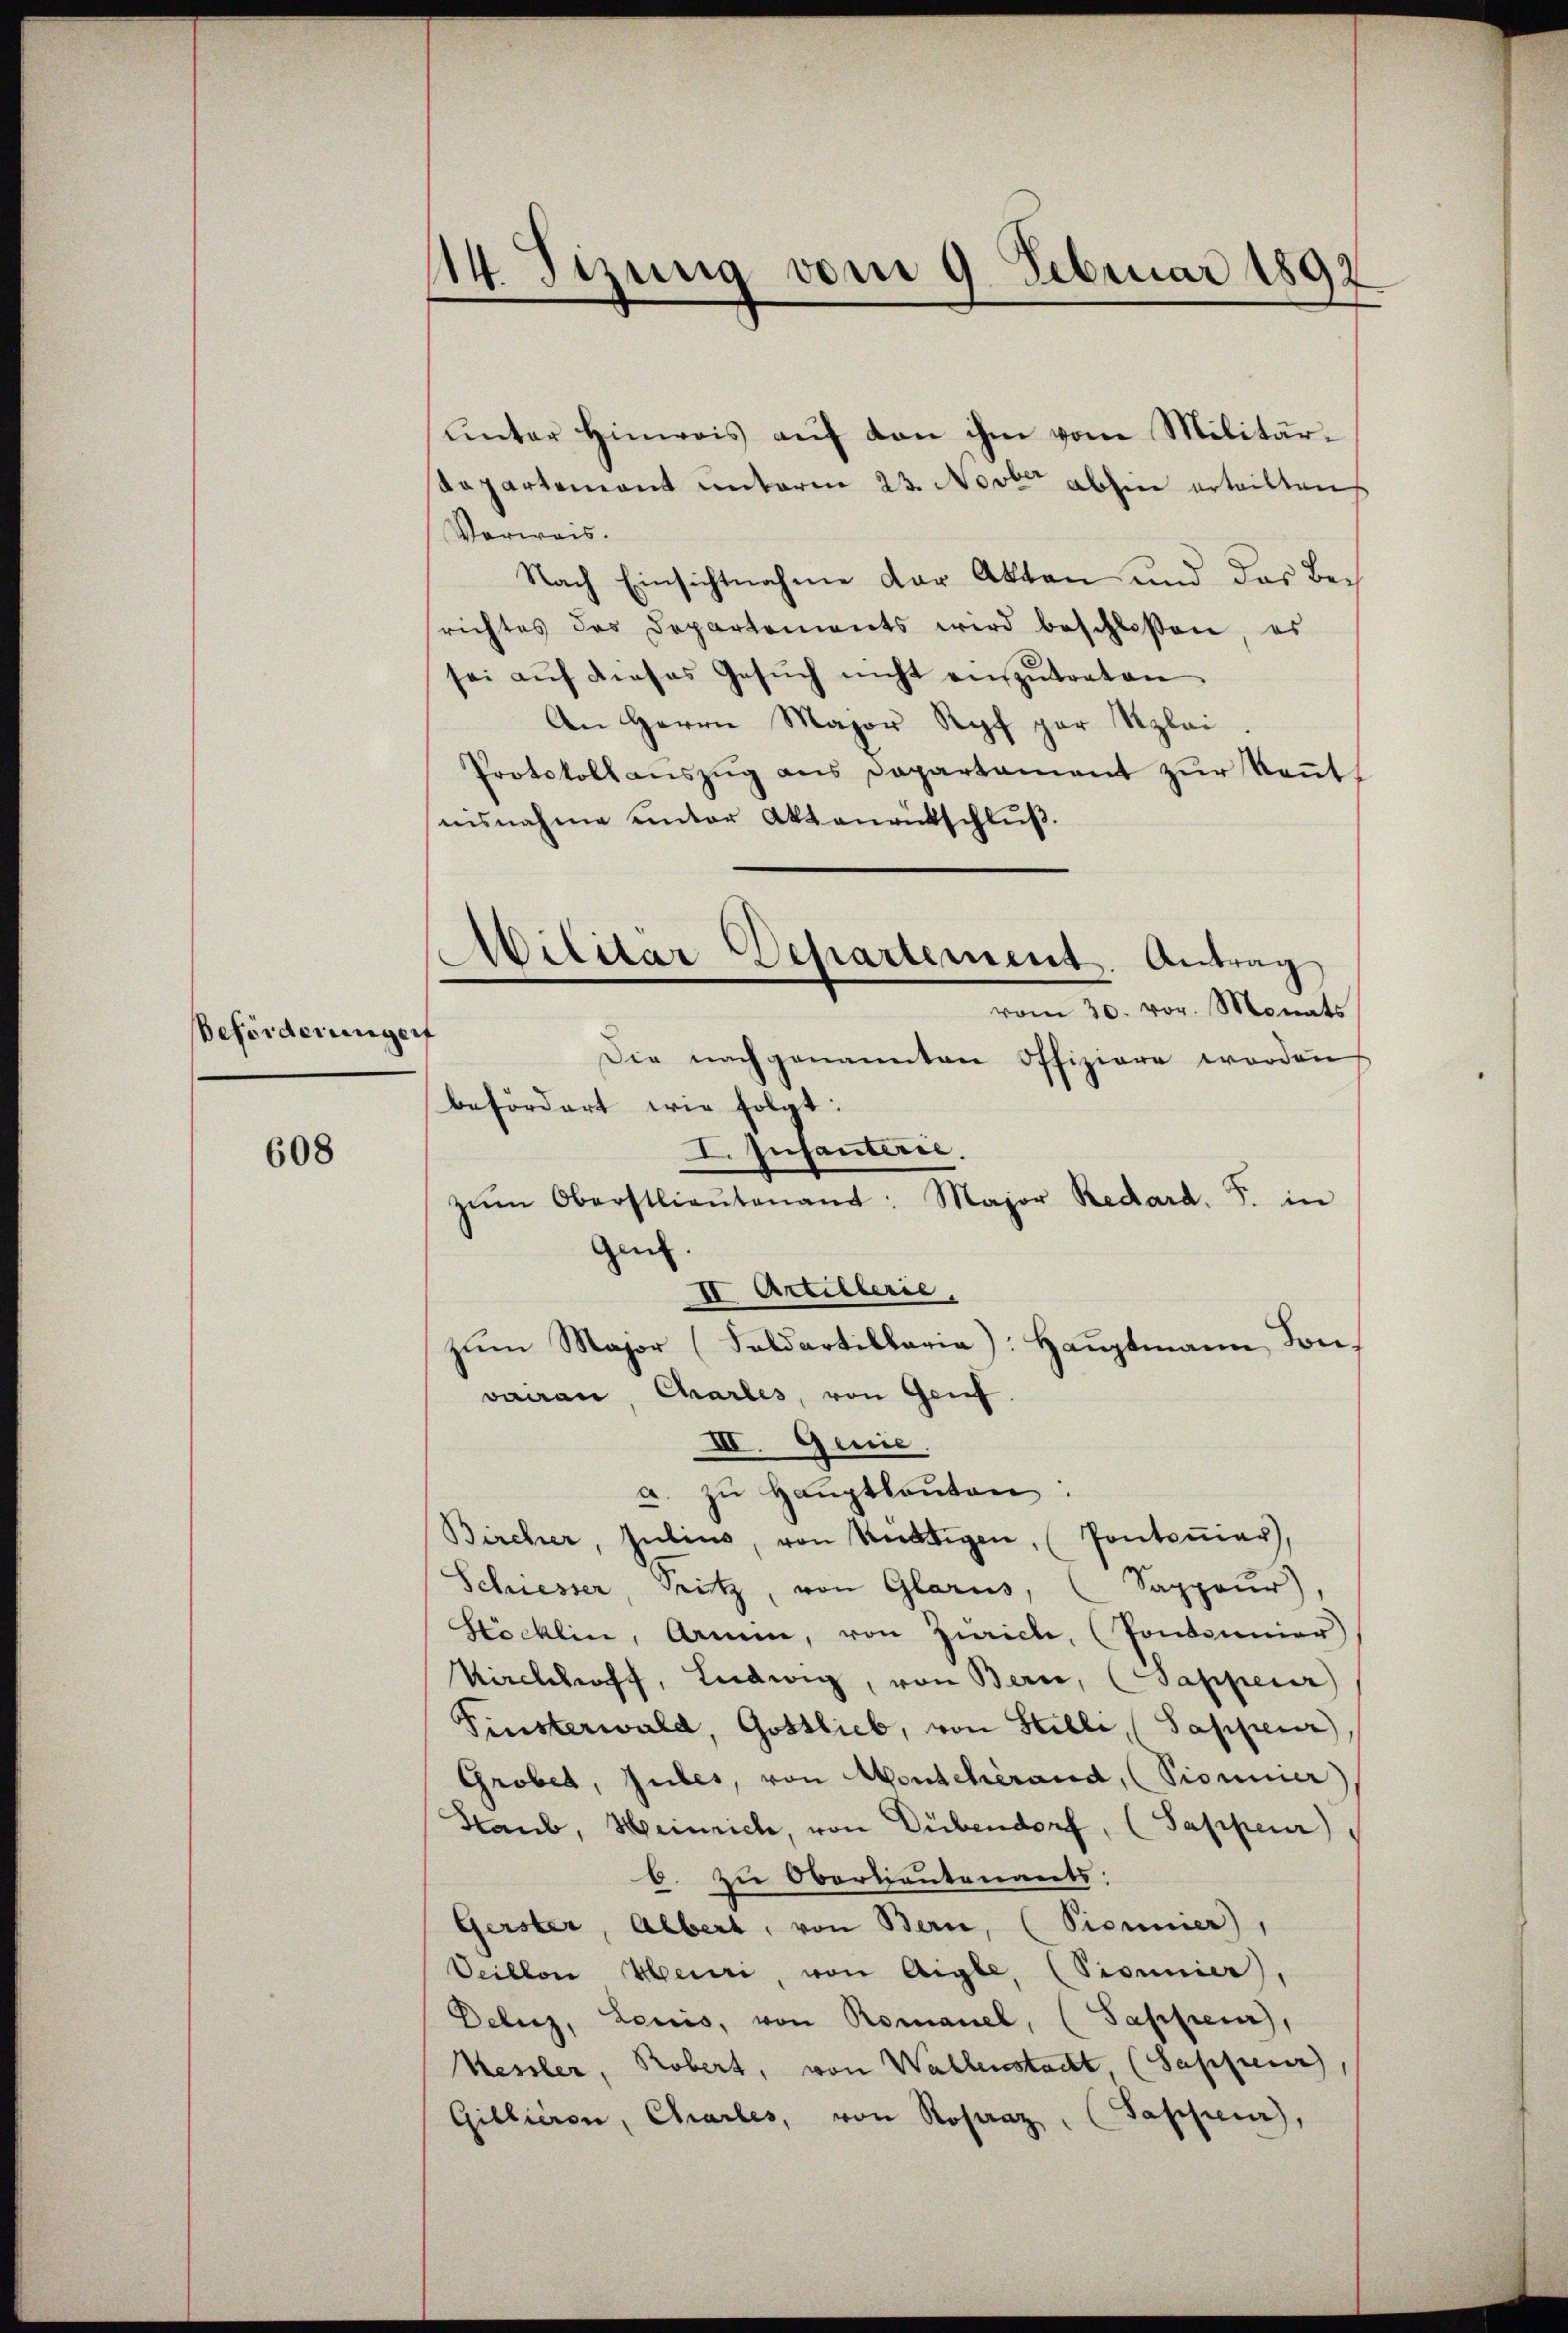
Beförderungen

608

114. Sizung vom 9. Februar 1892

unter Hinweis auf den ihm vom Militär¬
Dapartement unterm 23. Novber abhie erteilten
Verwais.
Nach Einsichtnahme der Akten und das Berichtes des Departements wird beschlossen, es
sei aŭf dieses Gesŭch nicht einzŭtraten
An Herrn Major Kopf par Szlei
Protokoll aŭszŭg ans Departament zŭr Keṅt
nisnahme unter Aktenrütschluß.
II Artillerie,
zŭm Major (Feldartillaria): Haŭptmann Sons
vairan, Charles, von Grief.
III. Genie
a. zu Hauptlauten
Bircher, Julius, von Kündigen, (Pontonier),
Schiesser, Pritz, von Glarus, (Sappeur
Stöcklin, Armen, von Zürich, (Pontonnier
Kirchhof, Ludwig, von Bern, (Sappeur)
Finsterwald, Gottlieb, von Stelli, (Sappeur)
Grobet, Gutes, von Montcherand, (Pionier
Staub, Heinrich, von Dübendorf, (Sappeur
6. zu Oberlieutenants:
Gerster, Albert, von Bern, (Pionier),
Veillon Meuri, von Aigle, (Pionier,
Delug, Leuis, von Romanel, (Sapfen),
Kessler, Robert, von Wallenstacht, (Sappenr
Sassen),
Gillieren, Charles, von Rosaaz

Militar Departement. Antrag
vom 30. vor. Monats
Die nachgenannten Offiziere worden
befördert wie folgt:

Gent.

I. Infanterie.

zŭm Oberstlieutenant: Major Redard. J. in